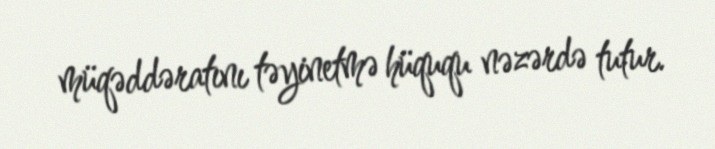
müqəddəratını təyinetmə hüququ nəzərdə tutur.